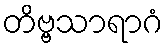
တိဗ္ဗသာရာဂံ